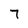
Character: 7